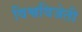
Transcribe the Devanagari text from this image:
विश्वविजेती